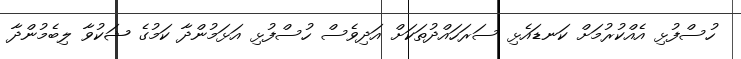
ހުސްފުޅި އެއްކުރުމަށް ކަނޑައެޅި ސަރަހައްދުތަކަށް އަދިވެސް ހުސްފުޅި އަޅަމުންދާ ކަމުގެ ޝަކުވާ ލިބެމުންދާ